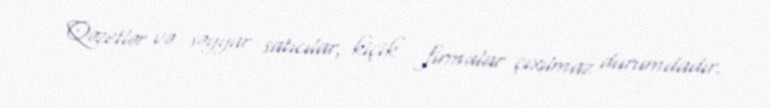
Qəzetlər və səyyar satıcılar, kiçik firmalar çıxılmaz durumdadır.